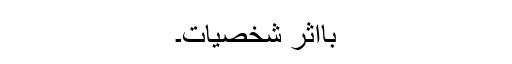
بااثر شخصیات۔